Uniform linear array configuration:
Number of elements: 16
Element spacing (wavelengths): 1
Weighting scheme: exponential
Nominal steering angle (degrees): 45
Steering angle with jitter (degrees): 46.398
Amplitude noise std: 0.05
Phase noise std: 0.05

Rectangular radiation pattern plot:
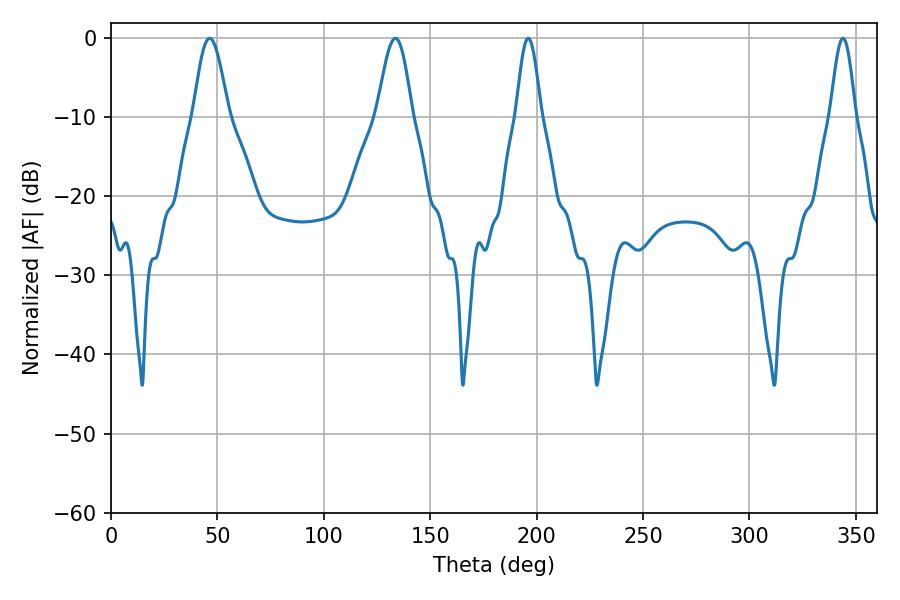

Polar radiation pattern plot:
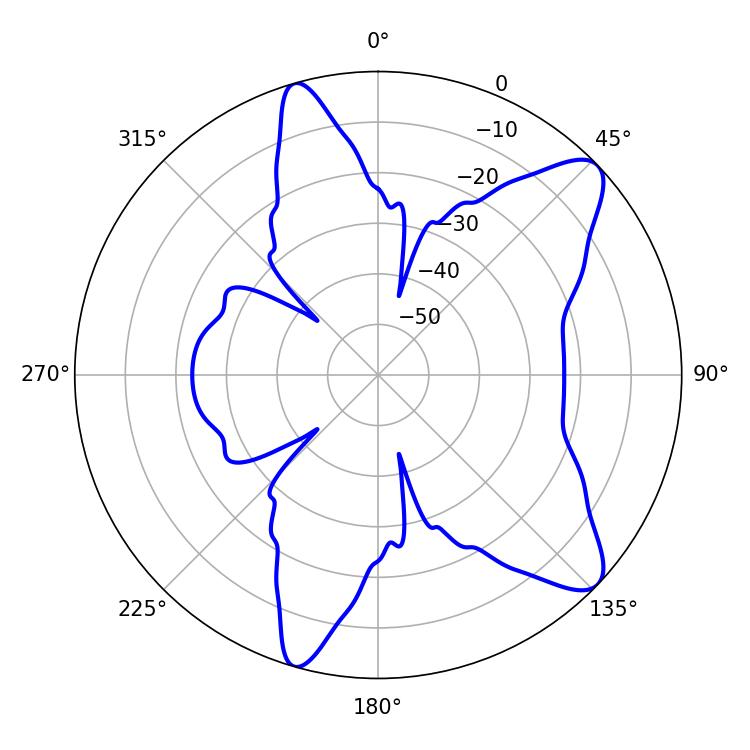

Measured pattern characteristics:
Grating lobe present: TRUE
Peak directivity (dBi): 10.082
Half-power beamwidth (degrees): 6.3
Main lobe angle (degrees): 196.02